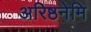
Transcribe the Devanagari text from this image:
अरिष्ठनेमि